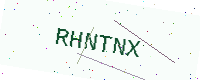
Text: RHNTNX